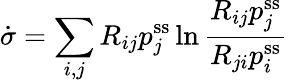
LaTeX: \dot{\sigma}=\sum_{i,j}R_{ij}p_{j}^{\mathrm{ss}}\ln\frac{R_{ij}p_{j}^{\mathrm{ss}}}{R_{ji}p_{i}^{\mathrm{ss}}}